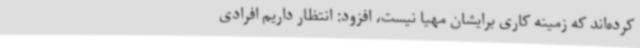
کرده‌اند که زمینه کاری برایشان مهیا نیست، افزود: انتظار داریم افرادی